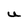
Character: U